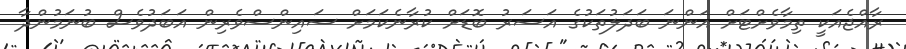
ރާއްޖެއަކީ ތިމާވެށްޓަށް އަންނަ ބަދަލުތަކުގެ އަސަރު ބޮޑަށް ކުރާނެކަމަށް ސައިންސްވެރިން އަބަދުވެސް ބުނަމުންދާ